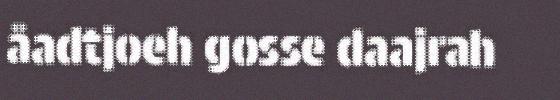
åadtjoeh gosse daajrah